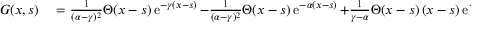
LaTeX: \begin{array} { r l } { G ( x , s ) } & { { } = { \frac { 1 } { ( \alpha - \gamma ) ^ { 2 } } } \Theta ( x - s ) \operatorname { e } ^ { - \gamma ( x - s ) } - { \frac { 1 } { ( \alpha - \gamma ) ^ { 2 } } } \Theta ( x - s ) \operatorname { e } ^ { - \alpha ( x - s ) } + { \frac { 1 } { \gamma - \alpha } } \Theta ( x - s ) \, ( x - s ) \operatorname { e } ^ { - \alpha ( x - s ) } } \end{array}